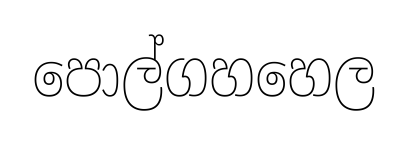
පොල්ගහහෙල